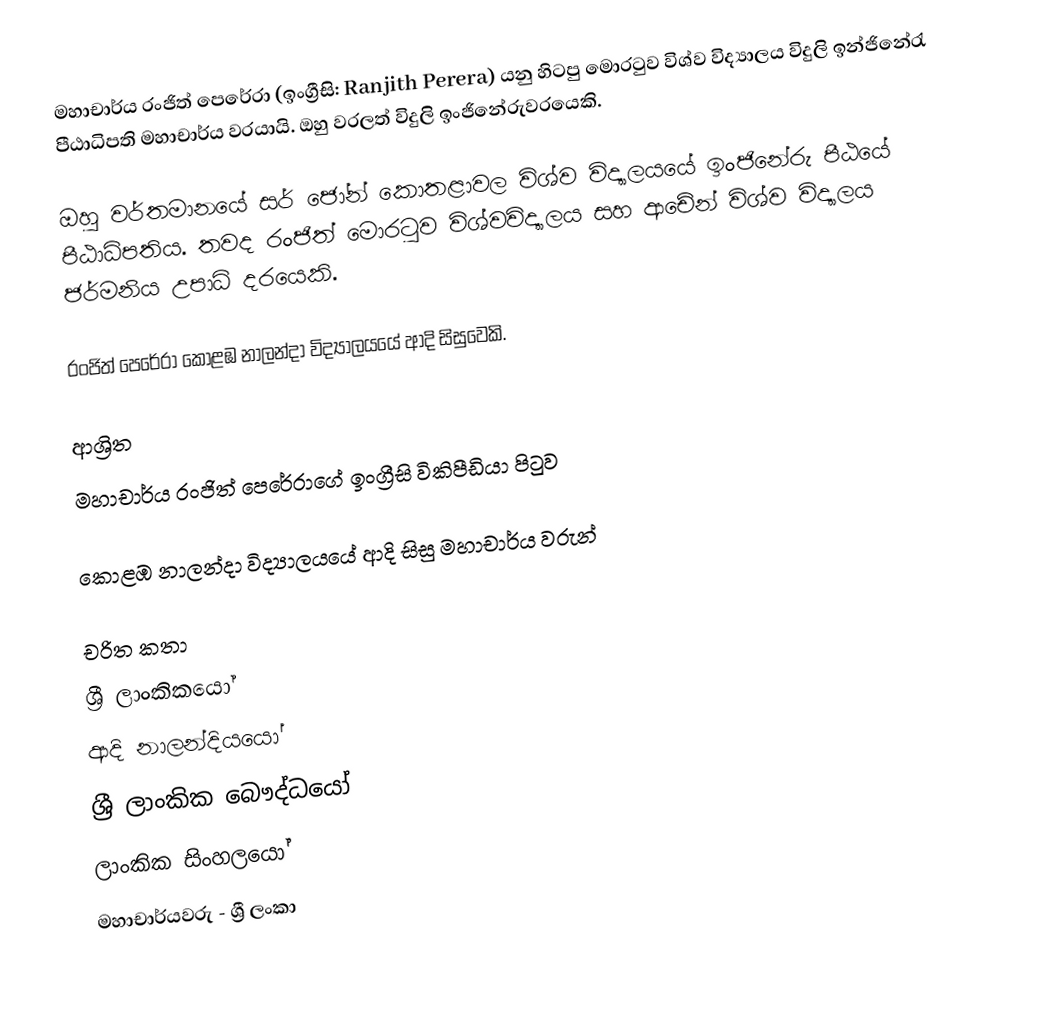
මහාචාර්ය රංජිත් පෙරේරා (ඉංග්‍රීසි: Ranjith Perera) යනු  හිටපු මොරටුව විශ්ව විද්‍යාලය විදුලි ඉන්ජිනේරැ පීඨාධිපති මහාචාර්ය වරයායි. ඔහු වරලත් විදුලි ඉංජිනේරුවරයෙකි.

ඔහු වර්තමානයේ සර් ජෝන් කොතළාවල විශ්ව විද්‍යාලයයේ ඉංජිනේරු පීඨයේ පීඨාධිපතිය. තවද රංජිත් මොරටුව විශ්වවිද්‍යාලය සහ ආචේන් විශ්ව විද්‍යාලය ජර්මනිය උපාධි දරයෙකි.

රංජිත් පෙරේරා  කොළඹ නාලන්දා විද්‍යාලයයේ ආදි සිසුවෙකි.

ආශ්‍රිත
  මහාචාර්ය රංජිත් පෙරේරාගේ ඉංග්‍රීසි විකිපීඩියා පිටුව

 කොළඹ නාලන්දා විද්‍යාලයයේ ආදි සිසු මහාචාර්ය වරුන්

චරිත කතා
ශ්‍රී ලාංකිකයෝ
ආදි නාලන්දියයෝ
ශ්‍රී ලාංකික බෞද්ධයෝ
ලාංකික සිංහලයෝ
මහාචාර්යවරු - ශ්‍රී ලංකා